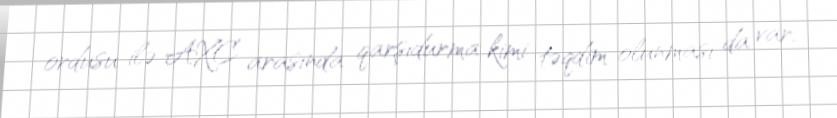
ordusu ilə AXC arasında qarşıdurma kimi təqdim olunması da var.